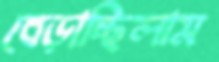
বেড়াচ্ছিলাম